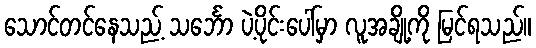
သောင်တင်နေသည့် သင်္ဘော ပဲ့ပိုင်းပေါ်မှာ လူအချို့ကို မြင်ရသည်။